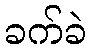
ခက်ခဲ